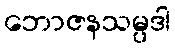
ဘောဇနသမ္ပဒါ